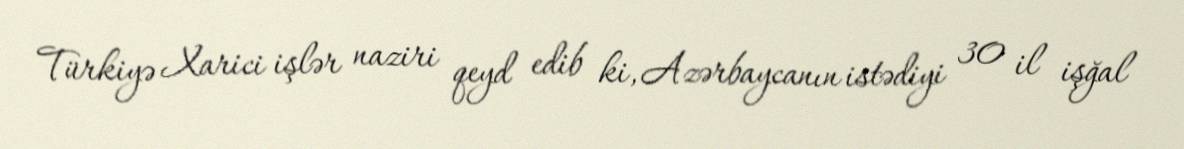
Türkiyə Xarici işlər naziri qeyd edib ki, Azərbaycanın istədiyi 30 il işğal